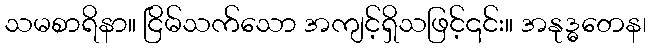
သမစာရိနာ။ ငြိမ်သက်သော အကျင့်ရှိသဖြင့်၎င်း။ အနုဒ္ဓတေန၊